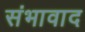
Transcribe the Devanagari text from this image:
संभावाद